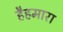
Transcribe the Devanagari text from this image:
हैहमारा